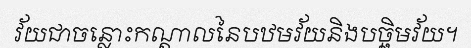
វ័យជាចន្លោះកណ្តាលនៃបឋមវ័យនិងបច្ឆិមវ័យ។